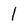
Character: 1